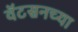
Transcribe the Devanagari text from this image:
वॅटसनच्या